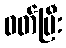
ဝတ်ပြီး